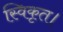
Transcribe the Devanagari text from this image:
स्विकृत।